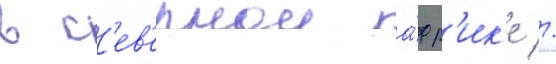
в с'ев'ернои а́фр'ик'е //